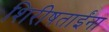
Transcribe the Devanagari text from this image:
शिरीषताईंना